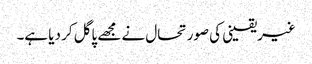
غیریقینی کی صورتحال نے مجھے پاگل کر دیا ہے۔